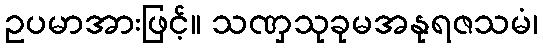
ဥပမာအားဖြင့်။ သဏှသုခုမအနုရဇသမံ၊